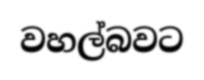
වහල්බවට